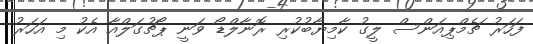
ފަހަރު ޗެމްޕިއަންސް ލީގު ކާމިޔާބުކުރި ރޮނާލްޑޯ ވަނީ ޕޯޗުގަލްއާ އެކު މި އަހަރު